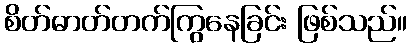
စိတ်ဓာတ်တက်ကြွနေခြင်း ဖြစ်သည်။